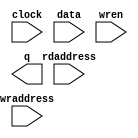
// megafunction wizard: %RAM: 2-PORT%VBB%
// GENERATION: STANDARD
// VERSION: WM1.0
// MODULE: altsyncram 

// ============================================================
// Megafunction Name(s):
// 			altsyncram
//
// Simulation Library Files(s):
// 			altera_mf
// ============================================================
// ************************************************************
// THIS IS A WIZARD-GENERATED FILE. DO NOT EDIT THIS FILE!
//
// 20.1.0 Build 711 06/05/2020 SJ Lite Edition
// ************************************************************

//Copyright (C) 2020  Intel Corporation. All rights reserved.
//Your use of Intel Corporation's design tools, logic functions 
//and other software and tools, and any partner logic 
//functions, and any output files from any of the foregoing 
//(including device programming or simulation files), and any 
//associated documentation or information are expressly subject 
//to the terms and conditions of the Intel Program License 
//Subscription Agreement, the Intel Quartus Prime License Agreement,
//the Intel FPGA IP License Agreement, or other applicable license
//agreement, including, without limitation, that your use is for
//the sole purpose of programming logic devices manufactured by
//Intel and sold by Intel or its authorized distributors.  Please
//refer to the applicable agreement for further details, at
//https://fpgasoftware.intel.com/eula.

module BufferRam (
	clock,
	data,
	rdaddress,
	wraddress,
	wren,
	q);

	input	  clock;
	input	[127:0]  data;
	input	[12:0]  rdaddress;
	input	[12:0]  wraddress;
	input	  wren;
	output	[127:0]  q;
`ifndef ALTERA_RESERVED_QIS
// synopsys translate_off
`endif
	tri1	  clock;
	tri0	  wren;
`ifndef ALTERA_RESERVED_QIS
// synopsys translate_on
`endif

endmodule

// ============================================================
// CNX file retrieval info
// ============================================================
// Retrieval info: PRIVATE: ADDRESSSTALL_A NUMERIC "0"
// Retrieval info: PRIVATE: ADDRESSSTALL_B NUMERIC "0"
// Retrieval info: PRIVATE: BYTEENA_ACLR_A NUMERIC "0"
// Retrieval info: PRIVATE: BYTEENA_ACLR_B NUMERIC "0"
// Retrieval info: PRIVATE: BYTE_ENABLE_A NUMERIC "0"
// Retrieval info: PRIVATE: BYTE_ENABLE_B NUMERIC "0"
// Retrieval info: PRIVATE: BYTE_SIZE NUMERIC "8"
// Retrieval info: PRIVATE: BlankMemory NUMERIC "0"
// Retrieval info: PRIVATE: CLOCK_ENABLE_INPUT_A NUMERIC "0"
// Retrieval info: PRIVATE: CLOCK_ENABLE_INPUT_B NUMERIC "0"
// Retrieval info: PRIVATE: CLOCK_ENABLE_OUTPUT_A NUMERIC "0"
// Retrieval info: PRIVATE: CLOCK_ENABLE_OUTPUT_B NUMERIC "0"
// Retrieval info: PRIVATE: CLRdata NUMERIC "0"
// Retrieval info: PRIVATE: CLRq NUMERIC "0"
// Retrieval info: PRIVATE: CLRrdaddress NUMERIC "0"
// Retrieval info: PRIVATE: CLRrren NUMERIC "0"
// Retrieval info: PRIVATE: CLRwraddress NUMERIC "0"
// Retrieval info: PRIVATE: CLRwren NUMERIC "0"
// Retrieval info: PRIVATE: Clock NUMERIC "0"
// Retrieval info: PRIVATE: Clock_A NUMERIC "0"
// Retrieval info: PRIVATE: Clock_B NUMERIC "0"
// Retrieval info: PRIVATE: IMPLEMENT_IN_LES NUMERIC "0"
// Retrieval info: PRIVATE: INDATA_ACLR_B NUMERIC "0"
// Retrieval info: PRIVATE: INDATA_REG_B NUMERIC "0"
// Retrieval info: PRIVATE: INIT_FILE_LAYOUT STRING "PORT_B"
// Retrieval info: PRIVATE: INIT_TO_SIM_X NUMERIC "0"
// Retrieval info: PRIVATE: INTENDED_DEVICE_FAMILY STRING "Cyclone IV E"
// Retrieval info: PRIVATE: JTAG_ENABLED NUMERIC "0"
// Retrieval info: PRIVATE: JTAG_ID STRING "NONE"
// Retrieval info: PRIVATE: MAXIMUM_DEPTH NUMERIC "0"
// Retrieval info: PRIVATE: MEMSIZE NUMERIC "1048576"
// Retrieval info: PRIVATE: MEM_IN_BITS NUMERIC "0"
// Retrieval info: PRIVATE: MIFfilename STRING "./data/buffer.mif"
// Retrieval info: PRIVATE: OPERATION_MODE NUMERIC "2"
// Retrieval info: PRIVATE: OUTDATA_ACLR_B NUMERIC "0"
// Retrieval info: PRIVATE: OUTDATA_REG_B NUMERIC "1"
// Retrieval info: PRIVATE: RAM_BLOCK_TYPE NUMERIC "0"
// Retrieval info: PRIVATE: READ_DURING_WRITE_MODE_MIXED_PORTS NUMERIC "2"
// Retrieval info: PRIVATE: READ_DURING_WRITE_MODE_PORT_A NUMERIC "3"
// Retrieval info: PRIVATE: READ_DURING_WRITE_MODE_PORT_B NUMERIC "3"
// Retrieval info: PRIVATE: REGdata NUMERIC "1"
// Retrieval info: PRIVATE: REGq NUMERIC "1"
// Retrieval info: PRIVATE: REGrdaddress NUMERIC "1"
// Retrieval info: PRIVATE: REGrren NUMERIC "1"
// Retrieval info: PRIVATE: REGwraddress NUMERIC "1"
// Retrieval info: PRIVATE: REGwren NUMERIC "1"
// Retrieval info: PRIVATE: SYNTH_WRAPPER_GEN_POSTFIX STRING "0"
// Retrieval info: PRIVATE: USE_DIFF_CLKEN NUMERIC "0"
// Retrieval info: PRIVATE: UseDPRAM NUMERIC "1"
// Retrieval info: PRIVATE: VarWidth NUMERIC "0"
// Retrieval info: PRIVATE: WIDTH_READ_A NUMERIC "128"
// Retrieval info: PRIVATE: WIDTH_READ_B NUMERIC "128"
// Retrieval info: PRIVATE: WIDTH_WRITE_A NUMERIC "128"
// Retrieval info: PRIVATE: WIDTH_WRITE_B NUMERIC "128"
// Retrieval info: PRIVATE: WRADDR_ACLR_B NUMERIC "0"
// Retrieval info: PRIVATE: WRADDR_REG_B NUMERIC "0"
// Retrieval info: PRIVATE: WRCTRL_ACLR_B NUMERIC "0"
// Retrieval info: PRIVATE: enable NUMERIC "0"
// Retrieval info: PRIVATE: rden NUMERIC "0"
// Retrieval info: LIBRARY: altera_mf altera_mf.altera_mf_components.all
// Retrieval info: CONSTANT: ADDRESS_ACLR_B STRING "NONE"
// Retrieval info: CONSTANT: ADDRESS_REG_B STRING "CLOCK0"
// Retrieval info: CONSTANT: CLOCK_ENABLE_INPUT_A STRING "BYPASS"
// Retrieval info: CONSTANT: CLOCK_ENABLE_INPUT_B STRING "BYPASS"
// Retrieval info: CONSTANT: CLOCK_ENABLE_OUTPUT_B STRING "BYPASS"
// Retrieval info: CONSTANT: INIT_FILE STRING "./data/buffer.mif"
// Retrieval info: CONSTANT: INTENDED_DEVICE_FAMILY STRING "Cyclone IV E"
// Retrieval info: CONSTANT: LPM_TYPE STRING "altsyncram"
// Retrieval info: CONSTANT: NUMWORDS_A NUMERIC "8192"
// Retrieval info: CONSTANT: NUMWORDS_B NUMERIC "8192"
// Retrieval info: CONSTANT: OPERATION_MODE STRING "DUAL_PORT"
// Retrieval info: CONSTANT: OUTDATA_ACLR_B STRING "NONE"
// Retrieval info: CONSTANT: OUTDATA_REG_B STRING "CLOCK0"
// Retrieval info: CONSTANT: POWER_UP_UNINITIALIZED STRING "FALSE"
// Retrieval info: CONSTANT: READ_DURING_WRITE_MODE_MIXED_PORTS STRING "DONT_CARE"
// Retrieval info: CONSTANT: WIDTHAD_A NUMERIC "13"
// Retrieval info: CONSTANT: WIDTHAD_B NUMERIC "13"
// Retrieval info: CONSTANT: WIDTH_A NUMERIC "128"
// Retrieval info: CONSTANT: WIDTH_B NUMERIC "128"
// Retrieval info: CONSTANT: WIDTH_BYTEENA_A NUMERIC "1"
// Retrieval info: USED_PORT: clock 0 0 0 0 INPUT VCC "clock"
// Retrieval info: USED_PORT: data 0 0 128 0 INPUT NODEFVAL "data[127..0]"
// Retrieval info: USED_PORT: q 0 0 128 0 OUTPUT NODEFVAL "q[127..0]"
// Retrieval info: USED_PORT: rdaddress 0 0 13 0 INPUT NODEFVAL "rdaddress[12..0]"
// Retrieval info: USED_PORT: wraddress 0 0 13 0 INPUT NODEFVAL "wraddress[12..0]"
// Retrieval info: USED_PORT: wren 0 0 0 0 INPUT GND "wren"
// Retrieval info: CONNECT: @address_a 0 0 13 0 wraddress 0 0 13 0
// Retrieval info: CONNECT: @address_b 0 0 13 0 rdaddress 0 0 13 0
// Retrieval info: CONNECT: @clock0 0 0 0 0 clock 0 0 0 0
// Retrieval info: CONNECT: @data_a 0 0 128 0 data 0 0 128 0
// Retrieval info: CONNECT: @wren_a 0 0 0 0 wren 0 0 0 0
// Retrieval info: CONNECT: q 0 0 128 0 @q_b 0 0 128 0
// Retrieval info: GEN_FILE: TYPE_NORMAL BufferRam.v TRUE
// Retrieval info: GEN_FILE: TYPE_NORMAL BufferRam.inc FALSE
// Retrieval info: GEN_FILE: TYPE_NORMAL BufferRam.cmp FALSE
// Retrieval info: GEN_FILE: TYPE_NORMAL BufferRam.bsf FALSE
// Retrieval info: GEN_FILE: TYPE_NORMAL BufferRam_inst.v FALSE
// Retrieval info: GEN_FILE: TYPE_NORMAL BufferRam_bb.v TRUE
// Retrieval info: LIB_FILE: altera_mf